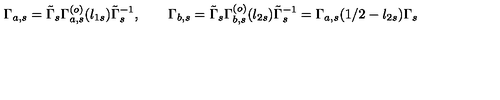
\Gamma _ { a , s } = \tilde { \Gamma } _ { s } \Gamma _ { a , s } ^ { ( o ) } ( l _ { 1 s } ) \tilde { \Gamma } _ { s } ^ { - 1 } , \qquad \Gamma _ { b , s } = \tilde { \Gamma } _ { s } \Gamma _ { b , s } ^ { ( o ) } ( l _ { 2 s } ) \tilde { \Gamma } _ { s } ^ { - 1 } = \Gamma _ { a , s } ( { 1 / 2 } - l _ { 2 s } ) \Gamma _ { s } \qquad